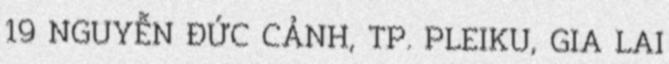
19 NGUYỄN ĐỨC CẢNH, TP. PLEIKU, GIA LAI